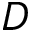
D